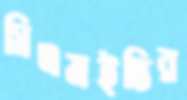
সিএমইভির